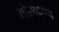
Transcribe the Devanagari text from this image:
गोलावरून